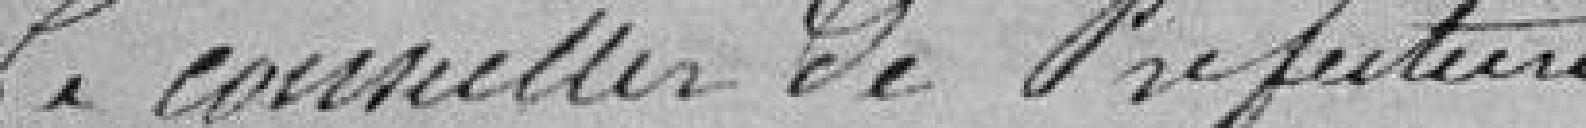
Le conseiller de Préfecture